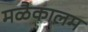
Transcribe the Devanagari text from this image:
मळैकालम